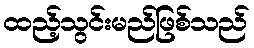
ထည့်သွင်းမည်ဖြစ်သည်